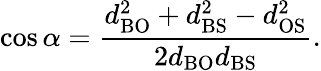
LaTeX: \cos{\alpha}={\frac{d_{\mathrm{BO}}^{2}+d_{\mathrm{BS}}^{2}-d_{\mathrm{OS}}^{2}}{2d_{\mathrm{BO}}d_{\mathrm{BS}}}}.